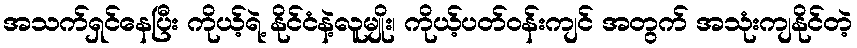
အသက်ရှင်နေပြီး ကိုယ့်ရဲ့ နိုင်ငံနဲ့လူမျိုး၊ ကိုယ့်ပတ်ဝန်းကျင် အတွက် အသုံးကျနိုင်တဲ့